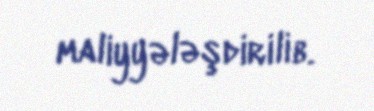
maliyyələşdirilib.